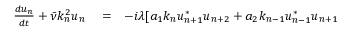
\begin{array} { r l r } { \frac { d u _ { n } } { d t } + \bar { \nu } k _ { n } ^ { 2 } u _ { n } } & { { } = } & { - i \lambda [ a _ { 1 } k _ { n } u _ { n + 1 } ^ { * } u _ { n + 2 } + a _ { 2 } k _ { n - 1 } u _ { n - 1 } ^ { * } u _ { n + 1 } } \end{array}